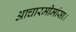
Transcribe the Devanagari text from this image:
आचारमीमांसा।